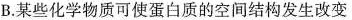
B.某些化学物质可使蛋白质的空间结构发生改变